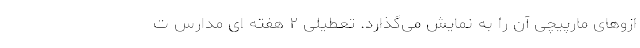
ازوهای مارپیچی آن را به‌ نمایش می‌گذارد. تعطیلی ۲ هفته ای مدارس ت